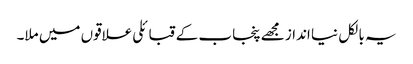
یہ بالکل نیا انداز مجھے پنجاب کے قبائلی علاقوں میں ملا۔